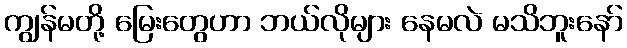
ကျွန်မတို့ မြေးတွေဟာ ဘယ်လိုများ နေမလဲ မသိဘူးနော်